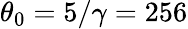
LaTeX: \theta_{0}=5/\gamma=256